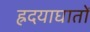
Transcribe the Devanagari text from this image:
ह्रदयाघातों